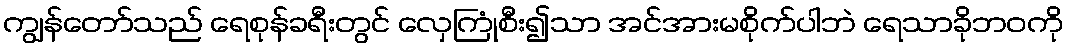
ကျွန်တော်သည် ရေစုန်ခရီးတွင် လှေကြုံစီး၍သာ အင်အားမစိုက်ပါဘဲ ရေသာခိုဘဝကို